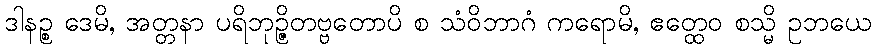
ဒါနဉ္စ ဒေမိ, အတ္တနာ ပရိဘုဉ္ဇိတဗ္ဗတောပိ စ သံဝိဘာဂံ ကရောမိ, ဧတ္ထေဝ စသ္မိ ဥဘယေ